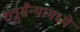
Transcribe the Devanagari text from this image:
शत्रुसैन्यामध्ये